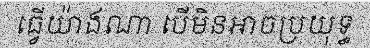
ធ្វើយ៉ាងណា បើមិនអាចប្រយុទ្ធ